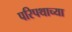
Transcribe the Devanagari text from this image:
परिपथाच्या